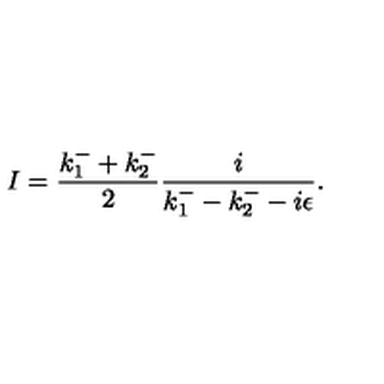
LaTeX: I = \frac { k _ { 1 } ^ { - } + k _ { 2 } ^ { - } } { 2 } \frac { i } { k _ { 1 } ^ { - } - k _ { 2 } ^ { - } - i \epsilon } .